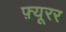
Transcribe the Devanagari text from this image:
फ़्यूरर